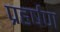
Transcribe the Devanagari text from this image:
प्रहर्षण